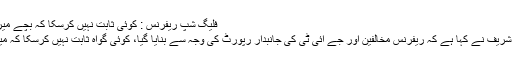
فلیگ شپ ریفرنس : کوئی ثابت نہیں کرسکا کہ بچے میرے زیرکفالت تھے، نوازشریف -
اسلام آباد : سابق وزیر اعظم نواز شریف نے کہا ہے کہ ریفرنس مخالفین اور جے آئی ٹی کی جانبدار رپورٹ کی وجہ سے بنایا گیا، کوئی گواہ ثابت نہیں کرسکا کہ میرے بچے میرے زیرکفالت تھے۔